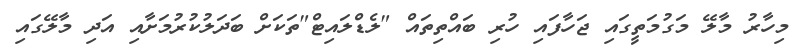
މިހާރު މާލޭ މަގުމަތީގައި ޖަހާފައި ހުރި ބައްތިތައް "ލެޑްލައިޓް"ތަކަށް ބަދަލުކުރުމަށާއި އަދި މާލޭގައި